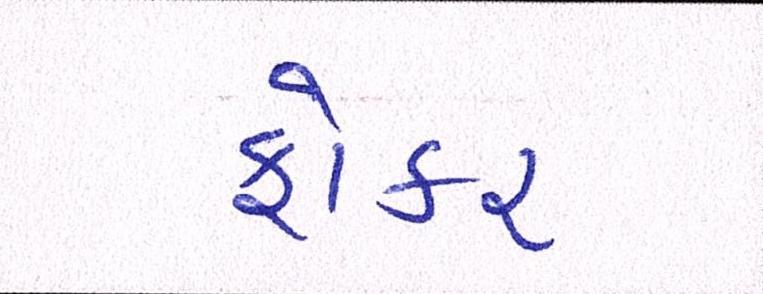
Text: ફોકર